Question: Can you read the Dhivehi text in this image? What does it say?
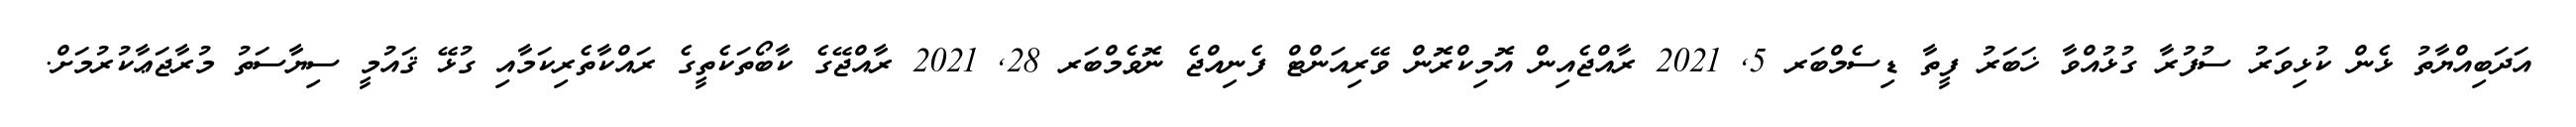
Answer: އަދަބިއްޔާތު ޅެން ކުޅިވަރު ސުފުރާ ގުޅުއްވާ ޚަބަރު ފީތާ ޑިސެމްބަރ 5, 2021 ރާއްޖެއިން އޮމިކްރޮން ވޭރިއަންޓް ފެނިއްޖެ ނޮވެމްބަރ 28, 2021 ރާއްޖޭގެ ކާބޯތަކެތީގެ ރައްކާތެރިކަމާއި ގުޅޭ ޤައުމީ ސިޔާސަތު މުރާޖަޢާކުރުމަށް.